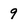
Character: 9